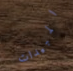
المبيدات